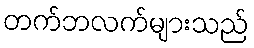
တက်ဘလက်များသည်